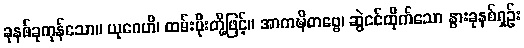
ခုနစ်ခုကုန်သော။ ယုဂေဟိ၊ ထမ်းပိုးတို့ဖြင့်။ အာကဍ္ဎိတဗ္ဗေ၊ ဆွဲငင်ထိုက်သော နွားခုနစ်ရှဉ်း